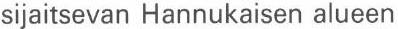
sijaitsevan Hannukaisen alueen